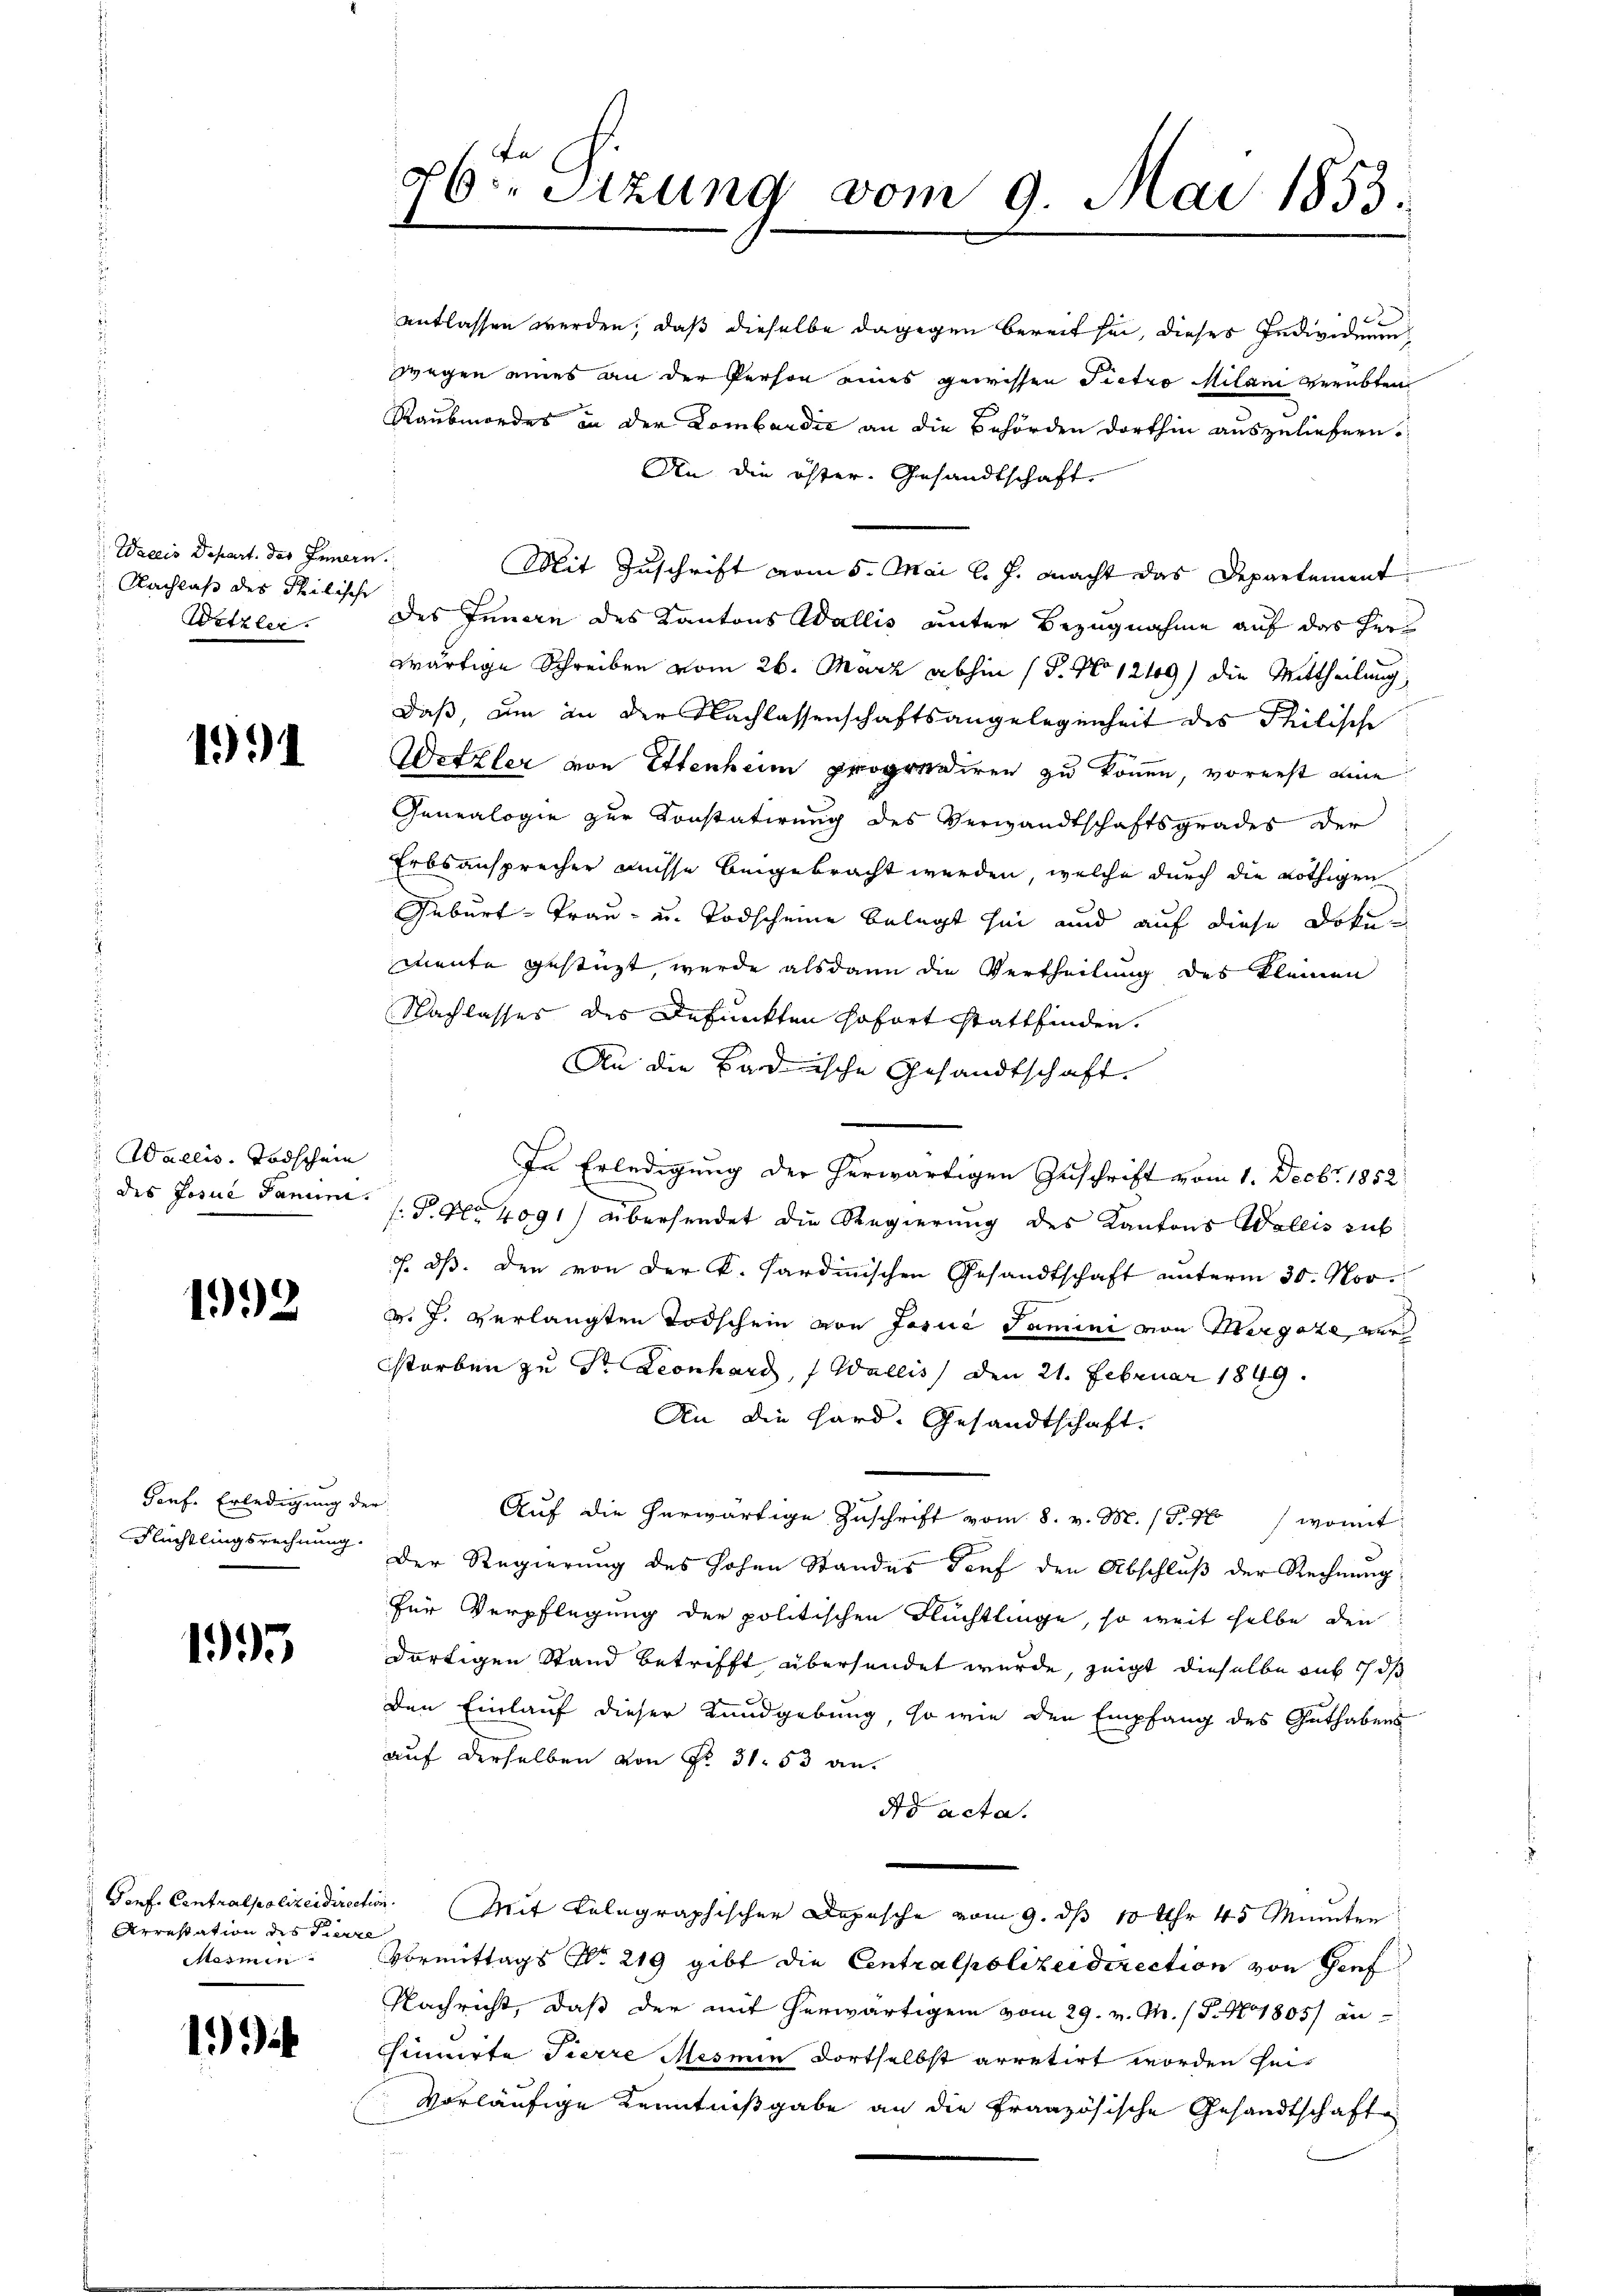
Wacis Depart. des Jamern
Nachlaß des Philische
Wetzler

1991

Wallis. Todschein

1993

Porf. Erledigung der
Flüchtlingsrechnung.

1995

Arrestation des Pierre
Marmen

1

26t Sizung vom 9. Mai 1853.

entlassen werden, daß dieselbe dagegen bereit sei, dieses Individuum
wegen eines an der Person eines gewissen Pietro Milani verübten
Raubmordes in der Lombardić an die Behörden dorthin auszuliefern.
An die öfter Gesandtschaft
Mit Zuschrift vom 5. Mai l. J. macht das Departement
des Innern des Kantons Wallis unter Bezugnahme auf das her
wärtige Schreiben vom 26. März abhin (P. No 1219) die Mittheilung,
daß, um an der Nachlassenschaftsangelegenheit des Philische
Wetzler von Ettenheim propriiren zu können, vorerst eine
Genealogie zur Konstatirung des Verwandtschaftsgrades der
Erbsansprecher müsse beigebracht werden, welche durch die nöthigen
Geburt - Trau- u. Todscheine belegt sei und auf diese Dokun
mente gestüzt, werde alsdann die Vertheilung des kleinen
Nachlasses des defunkten sofort stattfinden.
An die Badische Gesandtschaft.
In Erledigung der herwärtigen Zuschrift vom 1. Decbr. 1852
des Josue Janum P. Nr. 4091) übersendet die Regierung des Kantons Wallis sub
. dß. Den von der K. Sardinischen Gesandtschaft unterm 30. Nov.
v. J. verlangten Todschein von Josia Tamini von Hergaze ver
storben zu Dr. Leonhard, Wallis, den 21. Februar 1849.
An die Hard. Gesandtschaft.
Auf die herwärtige Zuschrift vom 8. v. M. (T.40 / womit
Der Regierung des hohen Standes Torf den Abschluß der Rechnung
für Verpflegung der politischen Flüchtlinge, so weit selbe den
dortigen Stand betrifft übersendet wurde, zeigt dieselbe auf d
den Einlauf dieser Kundgebung, so wie den Empfang des Guthabens
auf derselben von Fr. 31. 53 an
No acta.
Ponf. Centralpolizeidirection. Mit Telegraphischer Depesche vom 9. ds 10 Uhr 45 Minuten
Vormittags No. 219 gibt die Centralpolizeidirection von Genf
Nachricht, daß der mit herwärtigen vom 29. v. M. (T. No 1805) aninuirte Tierre Mesnen Fortselbst arretirt worden heivorläufige Kenntnißgabe an die Französische Gesandtschafte